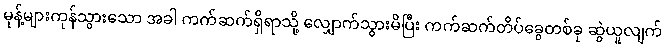
မုန့်များကုန်သွားသော အခါ ကက်ဆက်ရှိရာသို့ လျှောက်သွားမိပြီး ကက်ဆက်တိပ်ခွေတစ်ခု ဆွဲယူလျက်